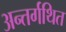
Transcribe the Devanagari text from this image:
अन्तर्गथित